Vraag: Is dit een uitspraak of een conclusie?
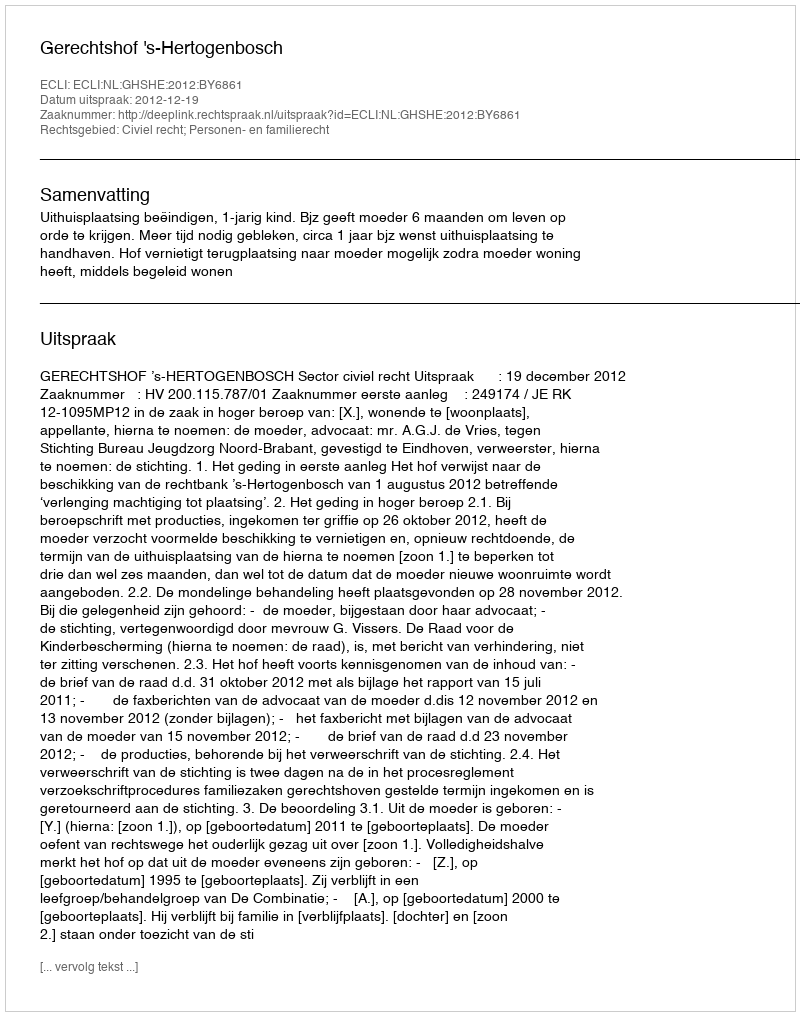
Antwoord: Uitspraak